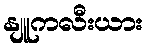
နျူကလီးယား